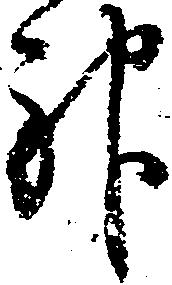
神